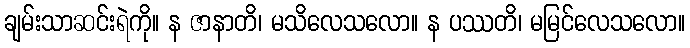
ချမ်းသာဆင်းရဲကို။ န ဇာနာတိ၊ မသိလေသလော။ န ပဿတိ၊ မမြင်လေသလော။